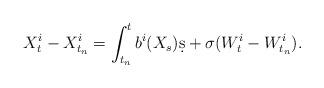
LaTeX: \begin{align*}X_t^i - X_{t_n}^i = \int_{t_n}^t b^i(X_s)\d s + \sigma(W_t^i - W_{t_n}^i).\end{align*}